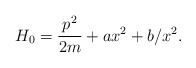
\begin{align*}H_0 =\frac{p^2}{2m} + ax^2 + b/x^2 . \end{align*}